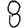
Digit: 8